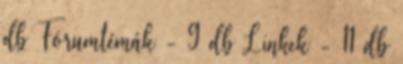
db Fórumtémák - 9 db Linkek - 11 db